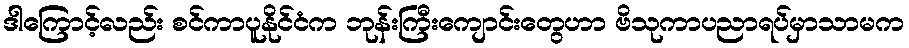
ဒါကြောင့်လည်း စင်ကာပူနိုင်ငံက ဘုန်းကြီးကျောင်းတွေဟာ ဗိသုကာပညာရပ်မှာသာမက